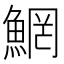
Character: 䱩